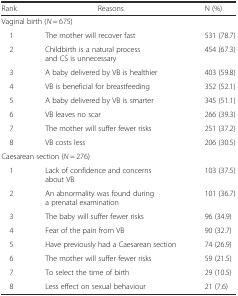
<table><thead><tr><td><b>Rank</b></td><td><b>Reasons</b></td><td><b>N (%)</b></td></tr></thead><tbody><tr><td colspan="2">Vaginal birth (<i>N</i> = 675)</td><td></td></tr><tr><td> 1</td><td>The mother will recover fast</td><td>531 (78.7)</td></tr><tr><td> 2</td><td>Childbirth is a natural process and CS is unnecessary</td><td>454 (67.3)</td></tr><tr><td> 3</td><td>A baby delivered by VB is healthier</td><td>403 (59.8)</td></tr><tr><td> 4</td><td>VB is beneficial for breastfeeding</td><td>352 (52.1)</td></tr><tr><td> 5</td><td>A baby delivered by VB is smarter</td><td>345 (51.1)</td></tr><tr><td> 6</td><td>VB leaves no scar</td><td>266 (39.3)</td></tr><tr><td> 7</td><td>The mother will suffer fewer risks</td><td>251 (37.2)</td></tr><tr><td> 8</td><td>VB costs less</td><td>206 (30.5)</td></tr><tr><td colspan="2">Caesarean section (<i>N</i> = 276)</td><td></td></tr><tr><td> 1</td><td>Lack of confidence and concerns about VB</td><td>103 (37.5)</td></tr><tr><td> 2</td><td>An abnormality was found during a prenatal examination</td><td>101 (36.7)</td></tr><tr><td> 3</td><td>The baby will suffer fewer risks</td><td>96 (34.9)</td></tr><tr><td> 4</td><td>Fear of the pain from VB</td><td>90 (32.7)</td></tr><tr><td> 5</td><td>Have previously had a Caesarean section</td><td>74 (26.9)</td></tr><tr><td> 6</td><td>The mother will suffer fewer risks</td><td>59 (21.5)</td></tr><tr><td> 7</td><td>To select the time of birth</td><td>29 (10.5)</td></tr><tr><td> 8</td><td>Less effect on sexual behaviour</td><td>21 (7.6)</td></tr></tbody></table>